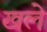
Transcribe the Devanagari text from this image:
खले